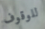
للوقوف